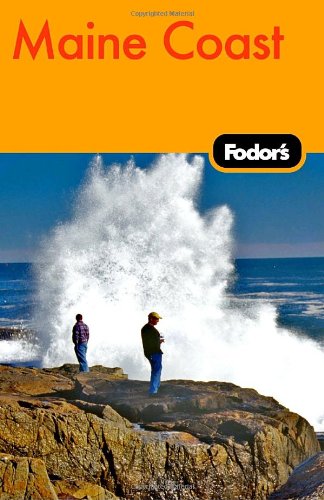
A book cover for Fodor's Maine Coast, 2nd Edition: With Acadia National Park (Travel Guide); Fodor's; Travel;